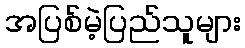
အပြစ်မဲ့ပြည်သူများ